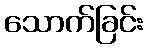
သောက်ခြင်း